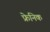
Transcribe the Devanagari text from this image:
फ्रेनिक